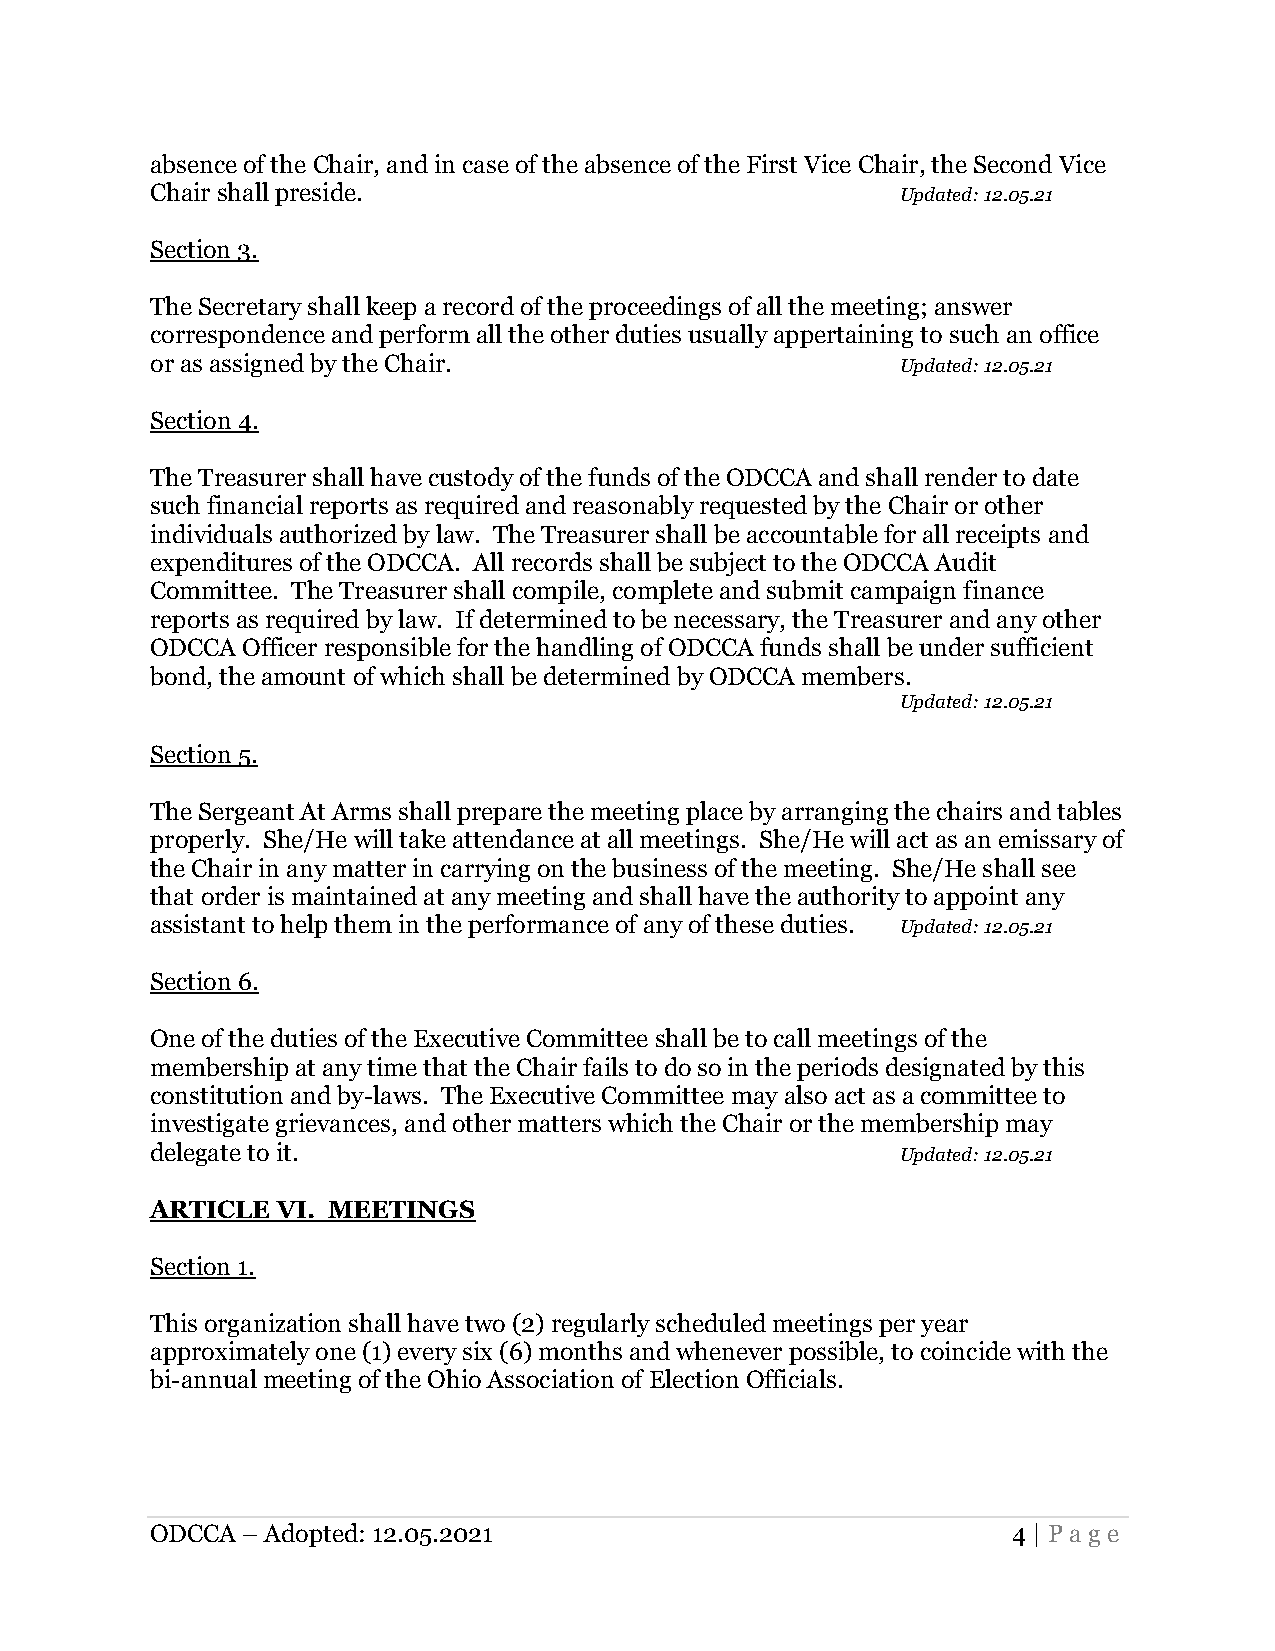
absence of the Chair, and in case of the absence of the First Vice Chair, the Second Vice
 Chair shall preside.                              Updated: 12.05.21
 Section 3.
 The Secretary shall keep a record of the proceedings of all the meeting; answer
 correspondence and perform all the other duties usually appertaining to such an office
 or as assigned by the Chair.                      Updated: 12.05.21
 Section 4.
 The Treasurer shall have custody of the funds of the ODCCA and shall render to date
 such financial reports as required and reasonably requested by the Chair or other
 individuals authorized by law. The Treasurer shall be accountable for all receipts and
 expenditures of the ODCCA. All records shall be subject to the ODCCA Audit
 Committee. The Treasurer shall compile, complete and submit campaign finance
 reports as required by law. If determined to be necessary, the Treasurer and any other
 ODCCA Officer responsible for the handling of ODCCA funds shall be under sufficient
 bond, the amount of which shall be determined by ODCCA members.
 Updated: 12.05.21
 Section 5.
 The Sergeant At Arms shall prepare the meeting place by arranging the chairs and tables
 properly. She/He will take attendance at all meetings. She/He will act as an emissary of
 the Chair in any matter in carrying on the business of the meeting. She/He shall see
 that order is maintained at any meeting and shall have the authority to appoint any
 assistant to help them in the performance of any of these duties. Updated: 12.05.21
 Section 6.
 One of the duties of the Executive Committee shall be to call meetings of the
 membership at any time that the Chair fails to do so in the periods designated by this
 constitution and by-laws. The Executive Committee may also act as a committee to
 investigate grievances, and other matters which the Chair or the membership may
 delegate to it.                                   Updated: 12.05.21
 ARTICLE VI. MEETINGS
 Section 1.
 This organization shall have two (2) regularly scheduled meetings per year
 approximately one (1) every six (6) months and whenever possible, to coincide with the
 bi-annual meeting of the Ohio Association of Election Officials.
 ODCCA – Adopted: 12.05.2021                              4 | Page